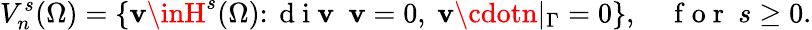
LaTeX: V_{n}^{s}(\Omega)=\{ \mathbf{v}\inH^{s}(\Omega)\colon\mathrm{{~d~i~\mathbf{v}~}}\ \mathbf{v}=0,\ \mathbf{v}\cdotn|_{\Gamma}=0\} ,\quad\mathrm{{~f~o~r~}}\ s\ge0.